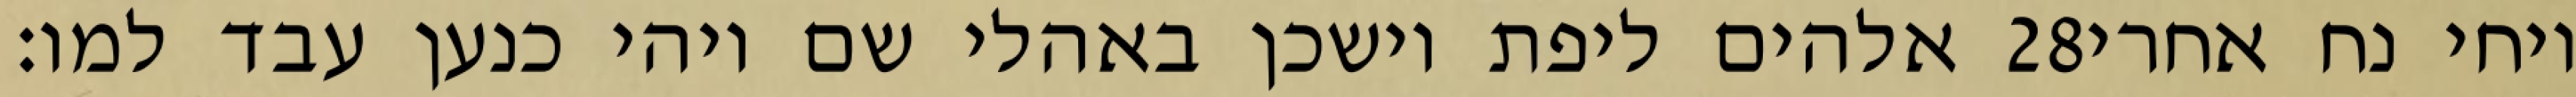
אלהים ליפת וישכן באהלי שם ויהי כנען עבד למו׃ ‎28‏ ויחי נח אחרי